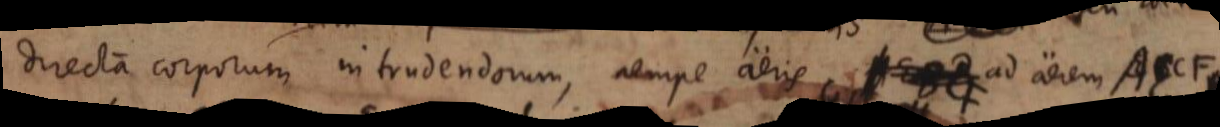
directa corporum intrudendorum, nempe aeris ad aerem AECF